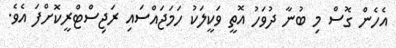
އެހެން ގޮސް މި ބުނާ ދުވަހު އޮތީ ވަކީލަކު ހަމަޖައްސައި ރަޖިސްޓްރީކޮށްފަ އެވެ.